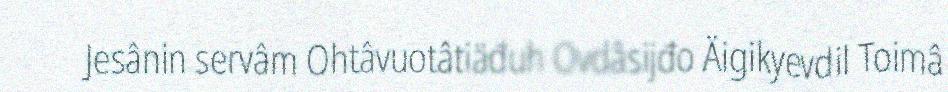
Jesânin servâm Ohtâvuotâtiäđuh Ovdâsijđo Äigikyevdil Toimâ